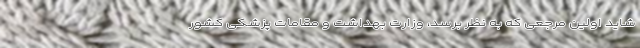
شاید اولین مرجعی که به نظر برسد، وزارت بهداشت و مقامات پزشکی کشور